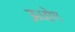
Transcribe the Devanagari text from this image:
ऊधोग